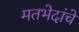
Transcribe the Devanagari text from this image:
मतभेदांचे